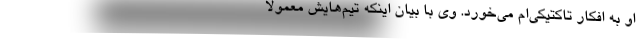
او به افکار تاکتیکی‌ام می‌خورد. وی با بیان اینکه تیم‌هایش معمولاً